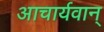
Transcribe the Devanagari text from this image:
आचार्यवान्